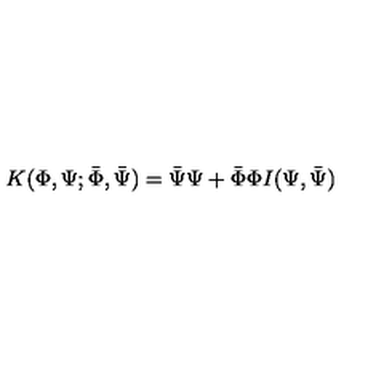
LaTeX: K ( \Phi , \Psi ; \bar { \Phi } , \bar { \Psi } ) = \bar { \Psi } \Psi + \bar { \Phi } \Phi I ( \Psi , \bar { \Psi } )